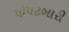
પો૫ટબારી